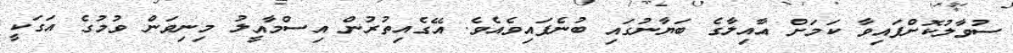
ސުވާލުކޮށްފައިވާ ކަމަށް އާއިލާގެ ބަޔާނުގައި ބުނެފައިވެއެވެ. އޭގެއިތުރުން އިސްމާއީލު މިނިވަން ވުމުގެ އަގަކީ